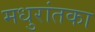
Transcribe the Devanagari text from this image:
मधुरांतका